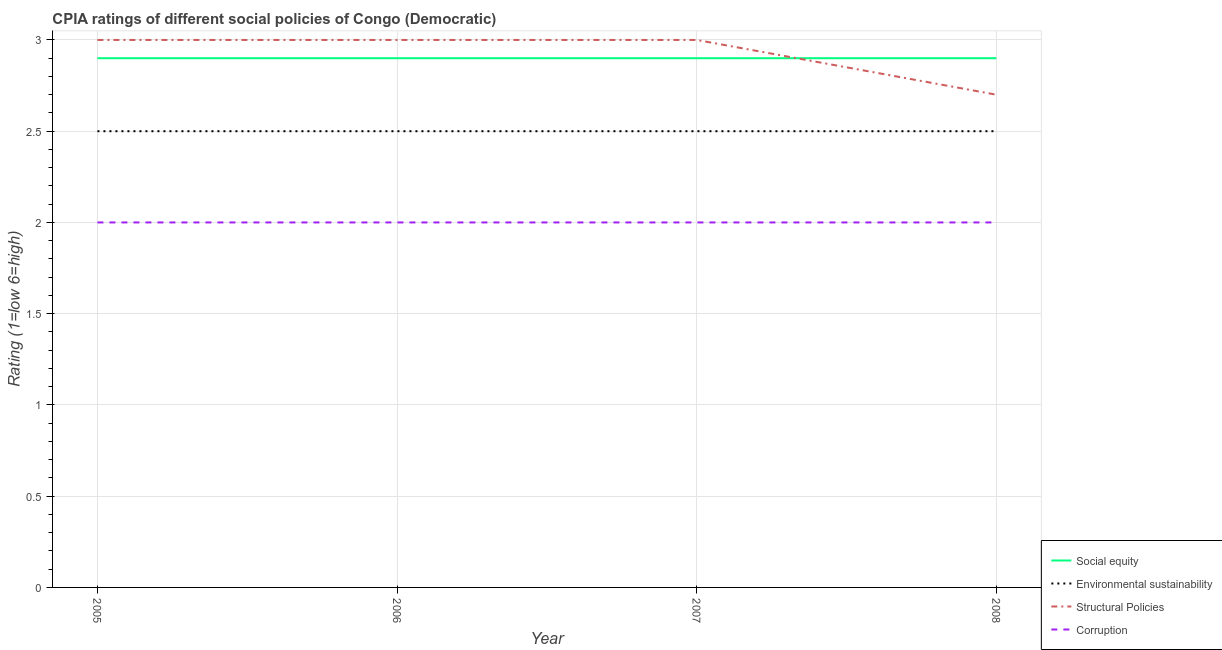
| Year | Social equity | Environmental sustainability | Structural Policies | Corruption |
 | --- | --- | --- | --- | --- |
 | 2005 | 2.9 | 2.5 | 3 | 2 |
 | 2006 | 2.9 | 2.5 | 3 | 2 |
 | 2007 | 2.9 | 2.5 | 3 | 2 |
 | 2008 | 2.9 | 2.5 | 2.7 | 2 |